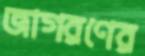
জাগরণের